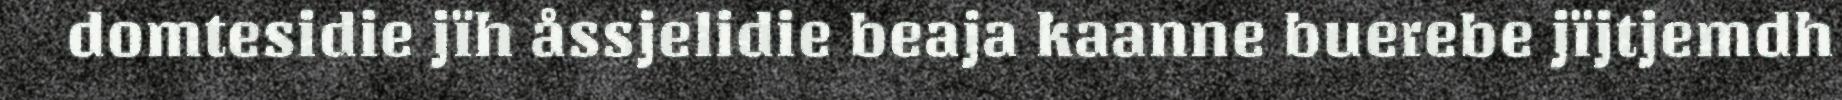
domtesidie jïh åssjelidie beaja kaanne buerebe jïjtjemdh